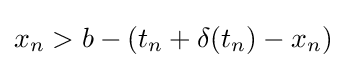
x_{n}>b-(t_{n}+\delta (t_{n})-x_{n})